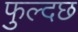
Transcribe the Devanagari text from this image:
फुल्दछ